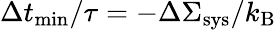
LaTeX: \Delta t_{\mathrm{min}}/\tau=-\Delta\Sigma_{\mathrm{sys}}/k_{\mathrm{B}}